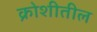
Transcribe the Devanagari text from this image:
क्रोशीतील